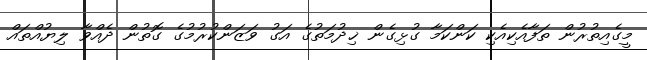
މީގެއިތުރުން ތަފާއެކިއެކި ކަންކަމާ ގުޅިގެން ޚިދުމަތުގެ އަގު ވަޒަންކުރުމުގެ ގޮތުން ދެއްވާ ލިޔުއްތައް